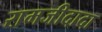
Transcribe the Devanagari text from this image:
रामजीदादा